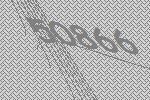
50866